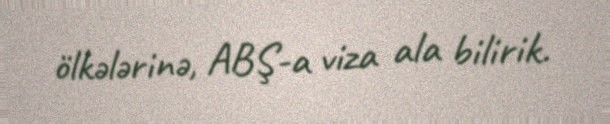
ölkələrinə, ABŞ-a viza ala bilirik.